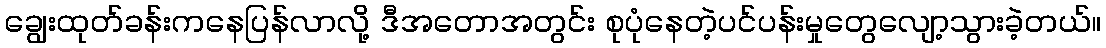
ချွေးထုတ်ခန်းကနေပြန်လာလို့ ဒီအတောအတွင်း စုပုံနေတဲ့ပင်ပန်းမှုတွေလျော့သွားခဲ့တယ်။